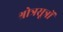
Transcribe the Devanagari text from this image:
श्रोत्रसूत्रों